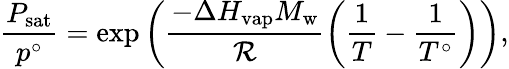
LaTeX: \frac{P_{\mathrm{sat}}}{p^{\circ}}=\exp{\left(\frac{-\Delta H_{\mathrm{vap}}M_{\mathrm{w}}}{{\cal R}}\left(\frac{1}{T}-\frac{1}{T^{\circ}}\right)\right)},